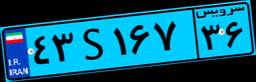
۴۳S۱۶۷۳۶